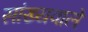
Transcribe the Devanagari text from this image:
सांख्यवाले